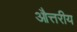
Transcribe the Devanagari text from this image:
औत्तरीय